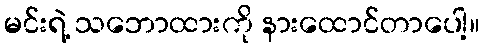
မင်းရဲ့ သဘောထားကို နားထောင်တာပေါ့။